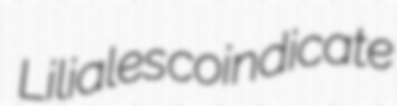
Liliales coindicate